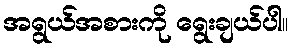
အရွယ်အစားကို ရွေးချယ်ပါ။